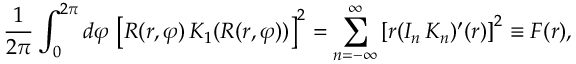
{ \frac { 1 } { 2 \pi } } \int _ { 0 } ^ { 2 \pi } d \varphi \, \left[ R ( r , \varphi ) \, K _ { 1 } ( R ( r , \varphi ) ) \right] ^ { 2 } = \sum _ { n = - \infty } ^ { \infty } \left[ r ( I _ { n } \, K _ { n } ) ^ { \prime } ( r ) \right] ^ { 2 } \equiv F ( r ) ,